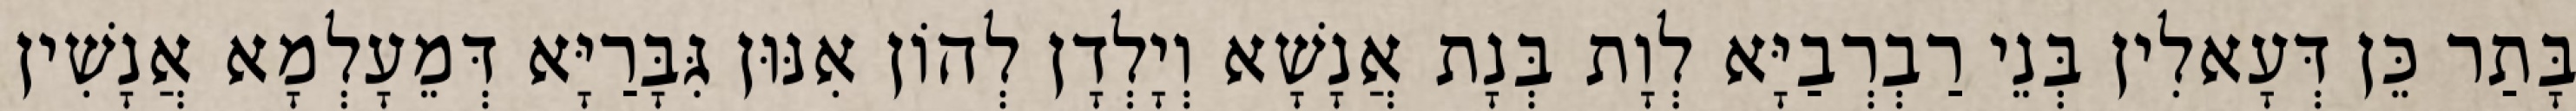
בָּתַר כֵּן דְּעָאלִין בְּנֵי רַבְרְבַיָּא לְוָת בְּנָת אֲנָשָׁא וְיָלְדָן לְהוֹן אִנּוּן גִּבָּרַיָּא דְּמֵעָלְמָא אֲנָשִׁין